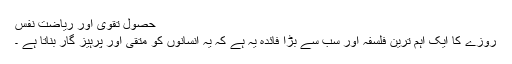
حصول تقویٰ اور ریاضت نفس
روزے کا ایک اہم ترین فلسفہ اور سب سے بڑا فائدہ یہ ہے کہ یہ انسانوں کو متقی اور پرہیز گار بناتا ہے ۔